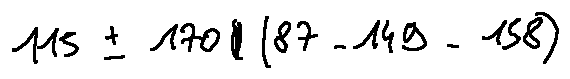
1 1 5 \pm 1 7 0 / ( 8 7 - 1 4 9 - 1 5 8 )